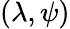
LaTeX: (\lambda,\psi)